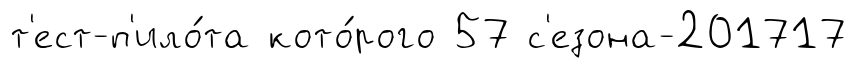
т'ест-п'ило́та кото́рого 57 с'езона-201717